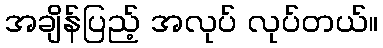
အချိန်ပြည့် အလုပ် လုပ်တယ်။